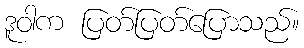
ဒူဝါက ပြတ်ပြတ်ပြောသည်။